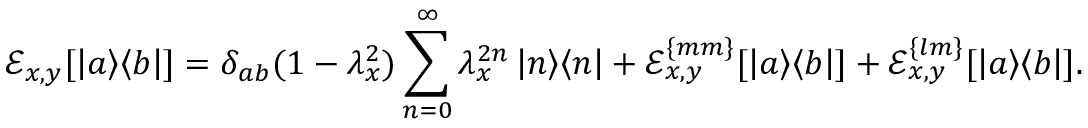
\mathcal { E } _ { x , y } [ \left| a \middle > \middle < b \right| ] = \delta _ { a b } ( 1 - \lambda _ { x } ^ { 2 } ) \sum _ { n = 0 } ^ { \infty } \lambda _ { x } ^ { 2 n } \left| n \middle > \middle < n \right| + \mathcal { E } _ { x , y } ^ { \{ m m \} } [ \left| a \middle > \middle < b \right| ] + \mathcal { E } _ { x , y } ^ { \{ l m \} } [ \left| a \middle > \middle < b \right| ] .